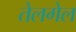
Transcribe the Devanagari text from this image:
तेलगेल